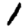
Digit: 1